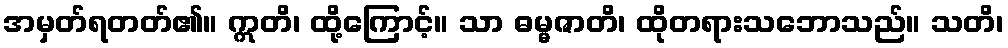
အမှတ်ရတတ်၏။ ဣတိ၊ ထို့ကြောင့်။ သာ ဓမ္မဇာတိ၊ ထိုတရားသဘောသည်။ သတိ၊